Indian journal of veterinary science and animal husbandry - Volume 8,
Year: 1938
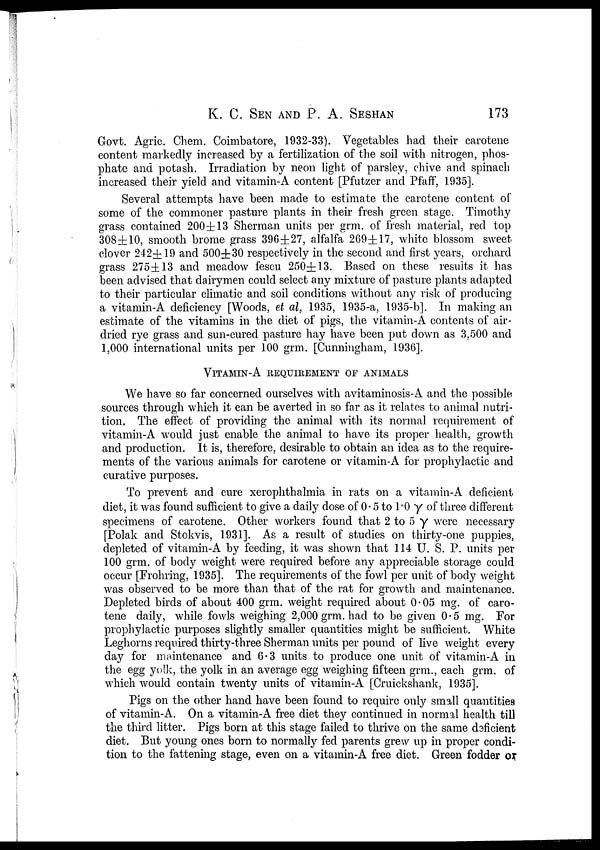
K. C. SEN AND P. A.
SESHAN
173
Govt. Agric. Chem. Coimbatore, 1932-33). Vegetables had their carotene
content markedly increased by a fertilization of the soil with nitrogen, phos
phate and potash. Irradiation by neon light of parsley, chive and spinach
increased their yield and vitamin-A content [Pfutzer and Pfaff, 1935].
Several attempts have been made to estimate the carotene content of
some of the commoner pasture plants in their fresh green stage. Timothy
grass contained 200±13 Sherman units per grm. of fresh material, red top
308±10, smooth brome grass 396±27, alfalfa 269±17, white blossom sweet
clover 242±19 and 500±30 respectively in the second and first years, orchard
grass 275±13 and meadow fescu 250±13. Based on these results it has
been advised that dairymen could select any mixture of pasture plants adapted
to their particular climatic and soil conditions without any risk of producing
a vitamin-A deficiency [Woods, et al, 1935, 1935-a, 1935-b]. In making an
estimate of the vitamins in the diet of pigs, the vitamin-A contents of air¬
dried rye grass and sun-cured pasture hay have been put down as 3,500 and
1,000 international units per 100 grm. [Cunningham, 1936].
VITAMIN-A REQUIREMENT OF ANIMALS
We have so far concerned ourselves with avitaminosis-A and the possible
sources through which it can be averted in so far as it relates to animal nutri
tion. The effect of providing the animal with its normal requirement of
vitamin-A would just enable the animal to have its proper health, growth
and production. It is, therefore, desirable to obtain an idea as to the require
ments of the various animals for carotene or vitamin-A for prophylactic and
curative purposes.
To prevent and cure xerophthalmia in rats on a vitamin-A deficient
diet, it was found sufficient to give a daily dose of 0.5 to 1.0 γ of three different
specimens of carotene. Other workers found that 2 to 5 γ were necessary
[Polak and Stokvis, 1931]. As a result of studies on thirty-one puppies,
depleted of vitamin-A by feeding, it was shown that 114 U. S. P. units per
100 grm. of body weight were required before any appreciable storage could
occur [Frohring, 1935]. The requirements of the fowl per unit of body weight
was observed to be more than that of the rat for growth and maintenance.
Depleted birds of about 400 grm. weight required about 0.05 mg. of caro
tene daily, while fowls weighing 2,000 grm. had to be given 0.5 mg. For
prophylactic purposes slightly smaller quantities might be sufficient. White
Leghorns required thirty-three Sherman units per pound of live weight every
day for maintenance and 6.3 units to produce one unit of vitamin-A in
the egg yolk, the yolk in an average egg weighing fifteen grm., each grm. of
which would contain twenty units of vitamin-A [Cruickshank, 1935].
Pigs on the other hand have been found to require only small quantities
of vitamin-A. On a vitamin-A free diet they continued in normal health till
the third litter. Pigs born at this stage failed to thrive on the same deficient
diet. But young ones born to normally fed parents grew up in proper condi
tion to the fattening stage, even on a vitamin-A free diet. Green fodder or